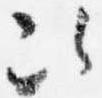
次